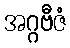
အဂ္ဂဗီဇံ